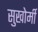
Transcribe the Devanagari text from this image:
सुखोर्मी